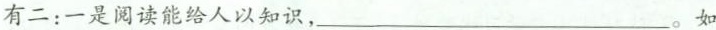
有二：一是阅读能给人以知识，___。如